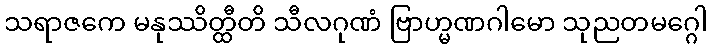
သရာဇကေ မနုဿိတ္ထီတိ သီလဂုဏံ ဗြာဟ္မဏဂါမော သုညတမဂ္ဂေါ